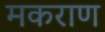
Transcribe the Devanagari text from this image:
मकराण